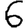
Digit: 6